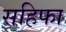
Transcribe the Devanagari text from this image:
सहिफा